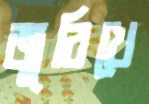
জুরিখে